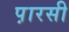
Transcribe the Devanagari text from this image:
प़ारसी